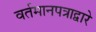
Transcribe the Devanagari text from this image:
वर्तमानपत्राद्वारे